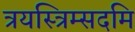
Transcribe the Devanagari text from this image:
त्रयस्त्रिम्सदमि